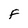
Character: F